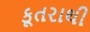
કૂતરાથી